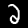
Digit: 2